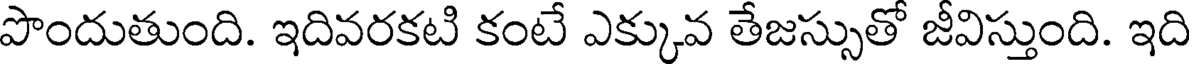
పొందుతుంది. ఇదివరకటి కంటే ఎక్కువ తేజస్సుతో జీవిస్తుంది. ఇది